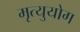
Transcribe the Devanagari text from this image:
मृत्युयोग